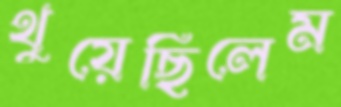
থুয়েছিলেম